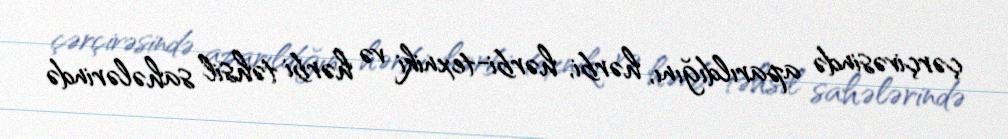
çərçivəsində aparıldığını, hərbi, hərbi-texniki və hərbi təhsil sahələrində